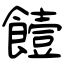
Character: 饐